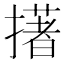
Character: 擆